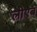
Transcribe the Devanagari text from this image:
लीएब